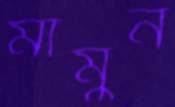
মামুন